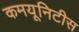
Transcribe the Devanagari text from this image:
कमयूनिटीस